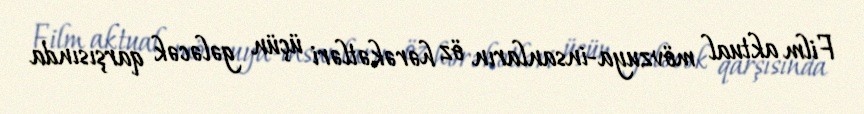
Film aktual mövzuya-insanların öz hərəkətləri üçün gələcək qarşısında